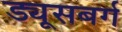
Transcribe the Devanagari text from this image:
ड्यूसबर्ग